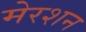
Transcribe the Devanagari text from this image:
मेरशन